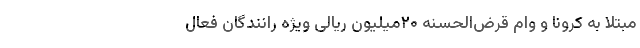
مبتلا به کرونا و وام قرض‌الحسنه ۲۰میلیون ریالی ویژه رانندگان فعال